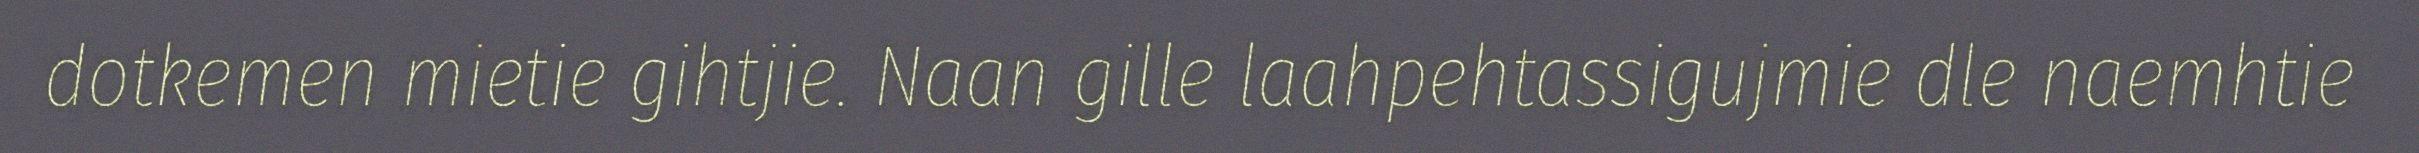
dotkemen mietie gihtjie. Naan gille laahpehtassigujmie dle naemhtie